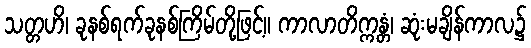
သတ္တဟိ၊ ခုနစ်ရက်ခုနစ်ကြိမ်တို့ဖြင့်။ ကာလာတိက္ကန္တံ၊ ဆုံးမချိန်ကာလ၌